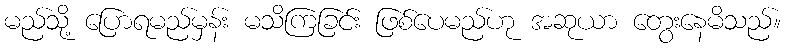
မည်သို့ ပြောရမည်မှန်း မသိကြခြင်း ဖြစ်ပေမည်ဟု အဆုယာ တွေးနေမိသည်။